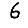
Digit: 6